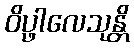
ဝိပ္ဖါလေသုန္တိ